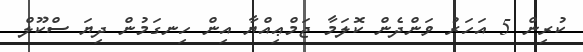
ކުރިން 5 އަހަރު ވަންދެން ކޮލަމާ ޖަމްޢިއްޔާ އިން ހިނގަމުން ދިޔަ ސްކޫލް